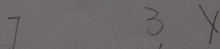
7 3 x